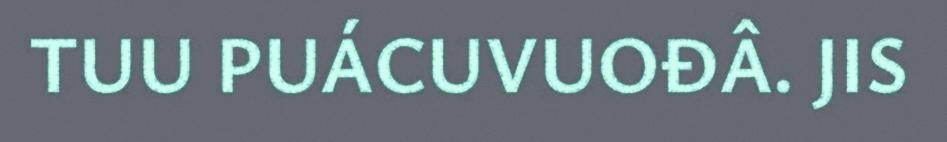
TUU PUÁCUVUOĐÂ. JIS